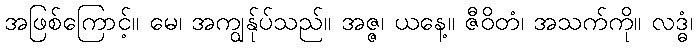
အဖြစ်ကြောင့်။ မေ၊ အကျွန်ုပ်သည်။ အဇ္ဇ၊ ယနေ့။ ဇီဝိတံ၊ အသက်ကို။ လဒ္ဓံ၊